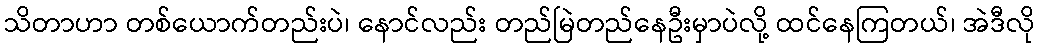
သိတာဟာ တစ်ယောက်တည်းပဲ၊ နောင်လည်း တည်မြဲတည်နေဦးမှာပဲလို့ ထင်နေကြတယ်၊ အဲဒီလို